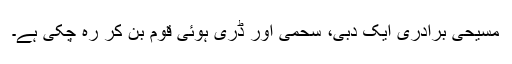
مسیحی برادری ایک دبی، سحمی اور ڈری ہوئی قوم بن کر رہ چُکی ہے۔